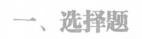
一、选择题